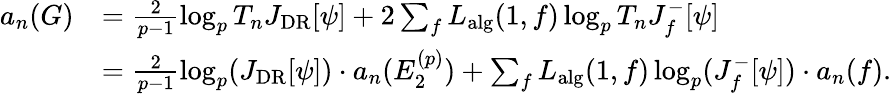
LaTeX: \begin{array}{rl}{a_{n}(G)}&{=\frac{2}{p-1}\log_{p}T_{n}J_{\mathrm{DR}}[\psi]+2\sum_{f}L_{\mathrm{alg}}(1,f)\log_{p}T_{n}J_{f}^{-}[\psi]}\\ &{=\frac{2}{p-1}\log_{p}(J_{\mathrm{DR}}[\psi])\cdot a_{n}(E_{2}^{(p)})+\sum_{f}L_{\mathrm{alg}}(1,f)\log_{p}(J_{f}^{-}[\psi])\cdot a_{n}(f).}\end{array}